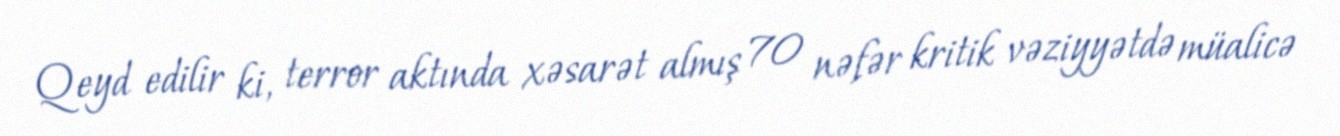
Qeyd edilir ki, terror aktında xəsarət almış 70 nəfər kritik vəziyyətdə müalicə